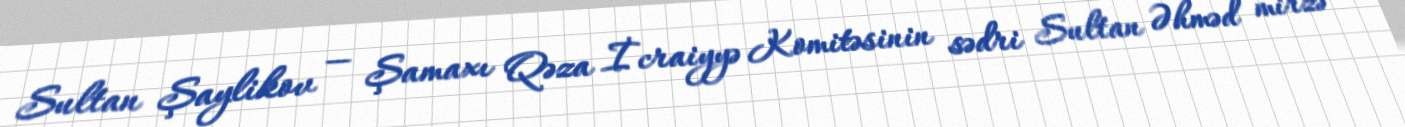
Sultan Şaylikov — Şamaxı Qəza İcraiyyə Komitəsinin sədri Sultan Əhməd mirzə —